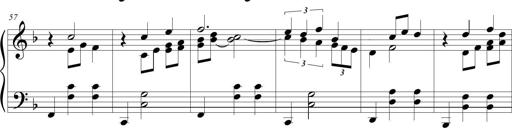
Title: Wallowing Wally
Composer: Michel Rondeau
Key: F major